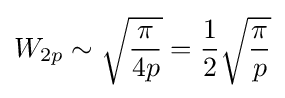
W_{2p}\sim {\sqrt {\frac {\pi }{4p}}}={\frac {1}{2}}{\sqrt {\frac {\pi }{p}}}